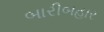
બારીબહાર